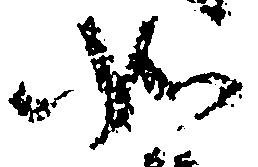
如